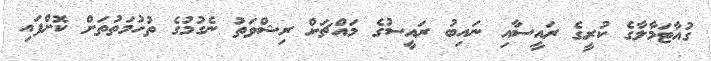
ގުއާޓަމާލާގެ ކުރީގެ ރައީސާއި ނައިބު ރައީސުގެ މައްޗަށް ރިޝްވަތު ނެގުމުގެ ތުހުމަތުތަށް ކޮށްފައި